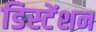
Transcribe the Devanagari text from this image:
डिस्टेंशन